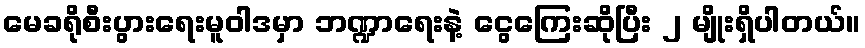
မေခရိုစီးပွားရေးမူဝါဒမှာ ဘဏ္ဍာရေးနဲ့ ငွေကြေးဆိုပြီး ၂ မျိုးရှိပါတယ်။